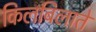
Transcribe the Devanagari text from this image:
किलबिलाते